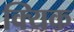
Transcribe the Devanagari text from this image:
क्यिक